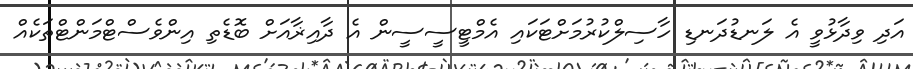
އަދި ވިދާޅުވީ އެ ލަނޑުދަނޑި ހާސިލްކުރުމަށްޓަކައި އެމްޓީސީސީން އެ ދާއިޜާއަށް ބޮޑެތި އިންވެސްޓްމަންޓްތަކެއް